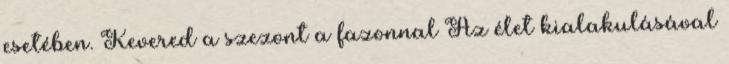
esetében. Kevered a szezont a fazonnal Az élet kialakulásával